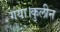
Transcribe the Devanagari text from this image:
गया।कुलीन